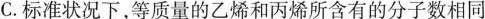
C.标准状况下，等质量的乙烯和丙烯所含有的分子数相同